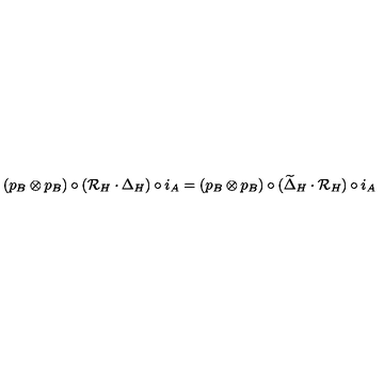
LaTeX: ( p _ { B } \otimes p _ { B } ) \circ ( { \cal R } _ { H } \cdot \Delta _ { H } ) \circ i _ { A } = ( p _ { B } \otimes p _ { B } ) \circ ( \widetilde \Delta _ { H } \cdot { \cal R } _ { H } ) \circ i _ { A }